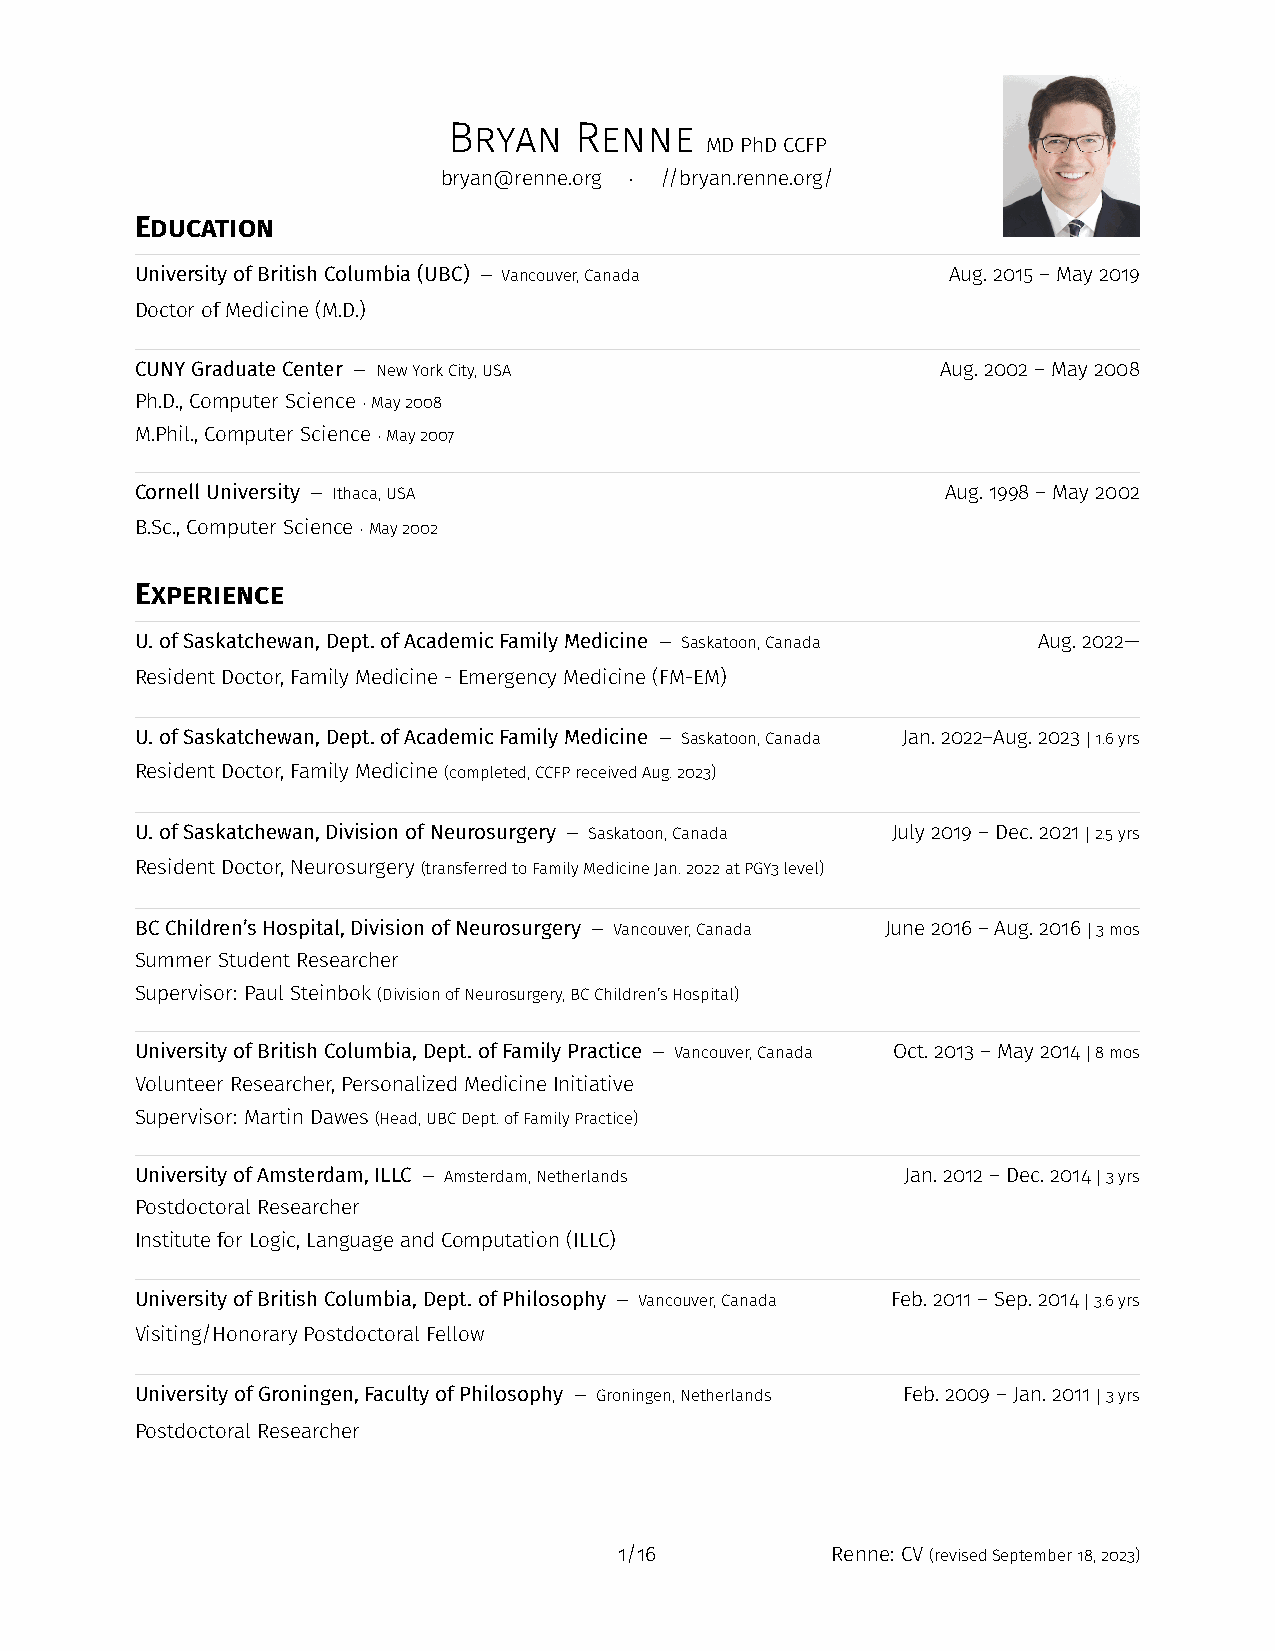
Bryan   Renne
 MDPhDCCFP
 bryan@renne.org · //bryan.renne.org/
 Education
 UniversityofBritishColumbia(UBC) — Vancouver,Canada   Aug.2015–May2019
 DoctorofMedicine(M.D.)
 CUNYGraduateCenter — NewYorkCity,USA                 Aug.2002–May2008
 Ph.D.,ComputerScience ·May2008
 M.Phil.,ComputerScience ·May2007
 CornellUniversity — Ithaca,USA                        Aug.1998–May2002
 B.Sc.,ComputerScience ·May2002
 Experience
 U.ofSaskatchewan,Dept.ofAcademicFamilyMedicine — Saskatoon,Canada Aug.2022—
 ResidentDoctor,FamilyMedicine-EmergencyMedicine(FM-EM)
 U.ofSaskatchewan,Dept.ofAcademicFamilyMedicine — Saskatoon,Canada Jan.2022–Aug.2023 |1.6yrs
 ResidentDoctor,FamilyMedicine(completed,CCFPreceivedAug.2023)
 U.ofSaskatchewan,DivisionofNeurosurgery — Saskatoon,Canada July2019–Dec.2021 |2.5yrs
 ResidentDoctor,Neurosurgery(transferredtoFamilyMedicineJan.2022atPGY3level)
 BCChildren’sHospital,DivisionofNeurosurgery — Vancouver,Canada June2016–Aug.2016 |3mos
 SummerStudentResearcher
 Supervisor: PaulSteinbok(DivisionofNeurosurgery,BCChildren’sHospital)
 UniversityofBritishColumbia,Dept. ofFamilyPractice — Vancouver,Canada Oct.2013–May2014 |8mos
 VolunteerResearcher,PersonalizedMedicineInitiative
 Supervisor: MartinDawes(Head,UBCDept.ofFamilyPractice)
 UniversityofAmsterdam,ILLC — Amsterdam,Netherlands Jan.2012–Dec.2014 |3yrs
 PostdoctoralResearcher
 InstituteforLogic,LanguageandComputation(ILLC)
 UniversityofBritishColumbia,Dept. ofPhilosophy — Vancouver,Canada Feb.2011–Sep.2014 |3.6yrs
 Visiting/HonoraryPostdoctoralFellow
 UniversityofGroningen,FacultyofPhilosophy — Groningen,Netherlands Feb.2009–Jan.2011 |3yrs
 PostdoctoralResearcher
 1/16          Renne: CV(revisedSeptember18,2023)